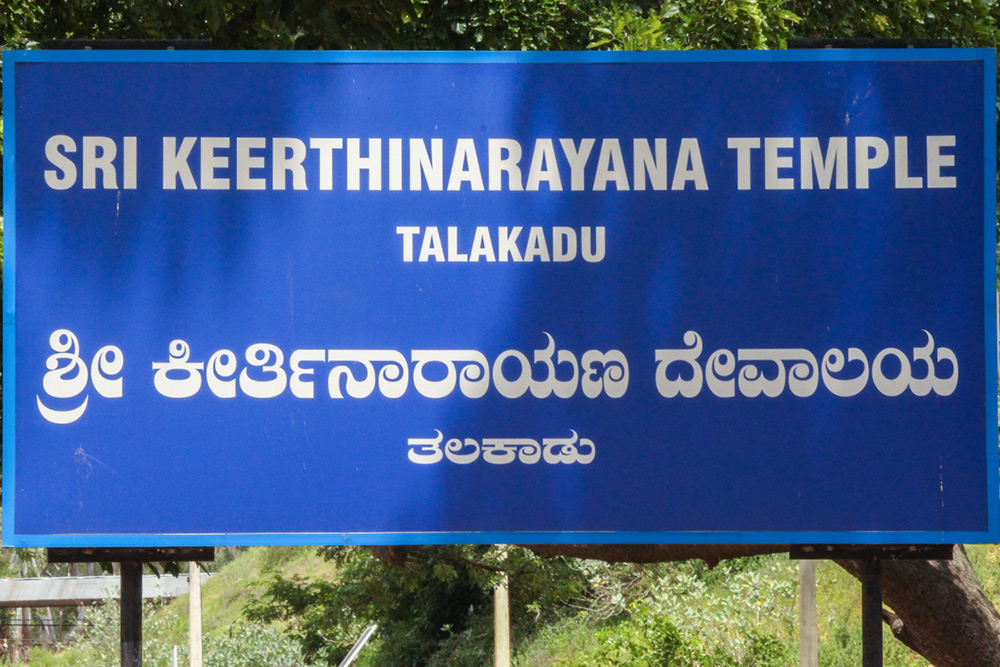
Language: kannada
Transcription: ತಲಕಾಡು ಶ್ರೀ ಕೀರ್ತಿನಾರಾಯಣ ದೇವಾಲಯ